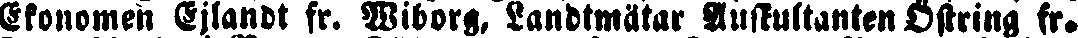
Ekonomen Ejlandt fr. Wiborg, Landtmätar Auskultanten Östring fr.